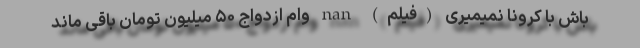
باش با کرونا نمیمیری (فیلم) nan وام ازدواج ۵۰ میلیون تومان باقی ماند